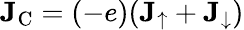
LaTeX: \mathbf{J}_{\textrm{C}}=(-e)(\mathbf{J}_{\uparrow}+\mathbf{J}_{\downarrow})